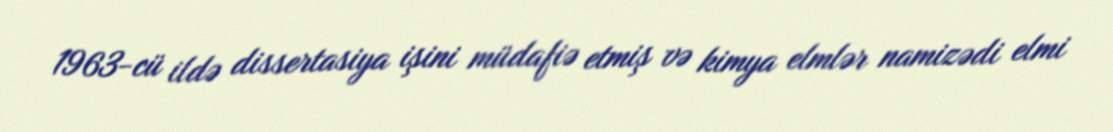
1963-cü ildə dissertasiya işini müdafiə etmiş və kimya elmlər namizədi elmi